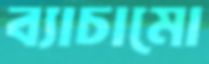
ব্যাচামো